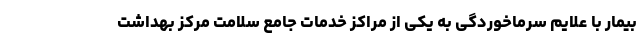
بیمار با علایم سرماخوردگی به یکی از مراکز خدمات جامع سلامت مرکز بهداشت